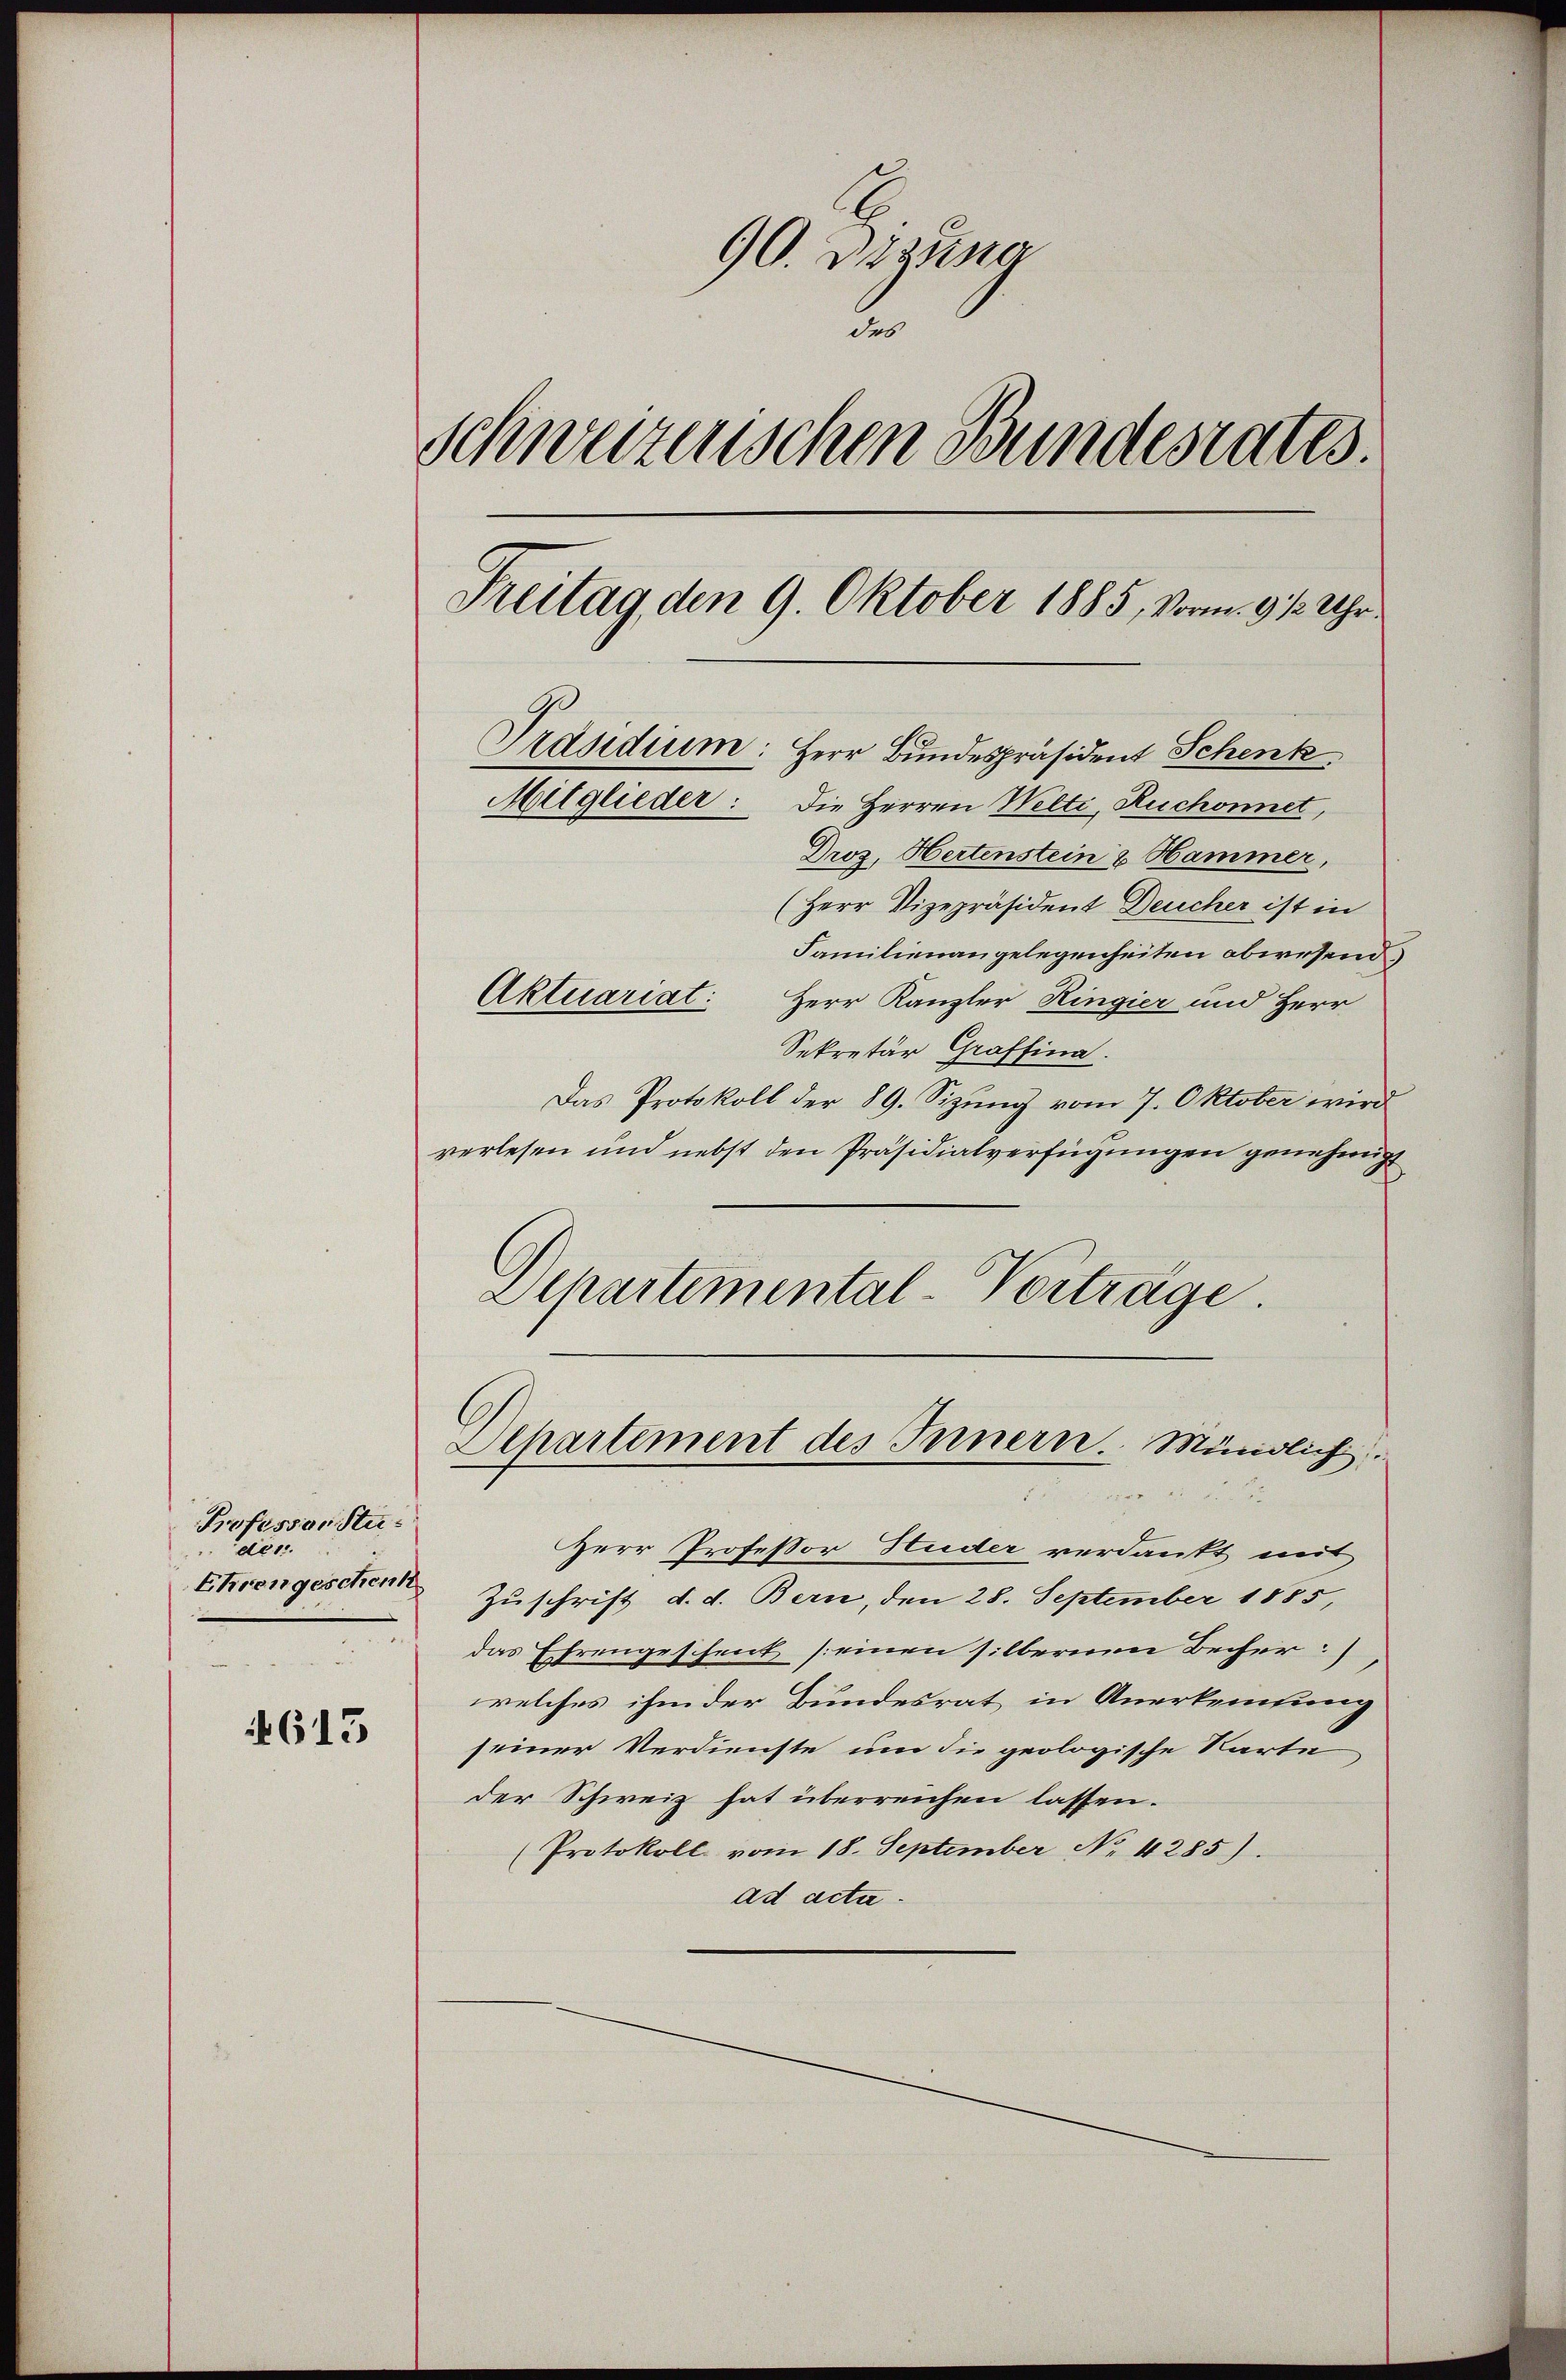
Professor Studer.
Ehrengeschenk

613

90. Z. zusa
2.
Schweizerischen Bundesrates.
Freitag, den 9. Oktober 1885, Vorm. 9 1/2 Uhr.
Präsidium: Herr Bundespräsident Schenk
Mitglieder: Die Herren Welti, Ruchonnet,
Droz. Hertenstein & Hammer,

(Herr Vizepräsident Deucher ist in
Familienangelegenheiten abwesend
Aktuariat:
Herr Kanzler Hingier und Herr
Sekretär Graffina.
Das Protokoll der 89. Sizung vom 7. Oktober wird
verlesen und nebst den Präsidialverfügungen genehmig
Departemental-Vorträge.

Departement des Innern. Mündlich
i
Fa

Herr Professor Huder verdankt mit
Zuschrift d. d. Bern, den 28. September 1855,
das Ehrengeschent [einen silbernen Becher:
welches ihm der Bundesrat in Anerkennung
seiner Verdienste um die geologische Karte
der Schweiz hat überreichen lassen.
(Protokoll vom 18. September No. 4285).
ad acta.